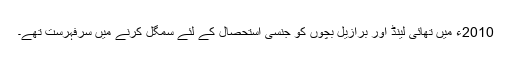
2010ء میں تھائی لینڈ اور برازیل بچوں کو جنسی استحصال کے لئے سمگل کرنے میں سرفہرست تھے۔